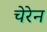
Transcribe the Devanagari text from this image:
चेरेन